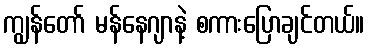
ကျွန်တော် မန်နေဂျာနဲ့ စကားပြောချင်တယ်။